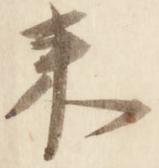
来